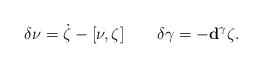
LaTeX: \begin{align*}\delta\nu=\dot\zeta-[\nu,\zeta]\quad\quad\delta\gamma=-\mathbf{d}^\gamma\zeta.\end{align*}